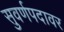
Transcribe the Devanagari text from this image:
सुवर्णपदावर